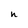
Character: n